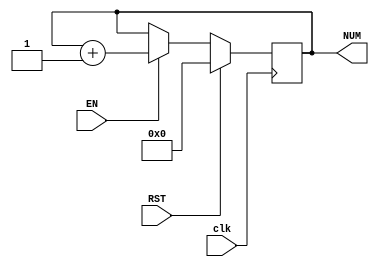
`timescale 1ns / 1ps
//////////////////////////////////////////////////////////////////////////////////
// Company: 
// Engineer: 
// 
// Design Name: 
// Module Name: zhouqicounter
// Project Name: 
// Target Devices: 
// Tool Versions: 
// Description: 
// 
// Dependencies: 
// 
// Revision:
// Revision 0.01 - File Created
// Additional Comments:
// 
//////////////////////////////////////////////////////////////////////////////////


module zhouqicounter(clk,NUM,RST,EN);
    input clk;
    input   RST;
    input  EN;
    output reg[31:0]NUM;

    
    
    always @(posedge clk) 
    begin
        if(RST == 1)
            NUM <= 0;
        else if(EN==1)
            NUM <= NUM+1;
    end
endmodule